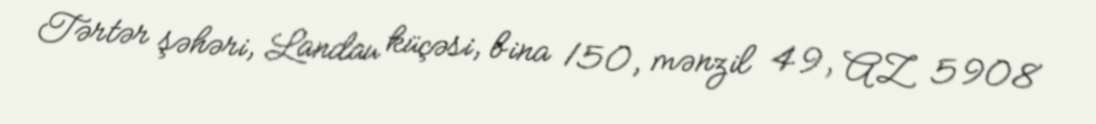
Tərtər şəhəri, Landau küçəsi, bina 150, mənzil 49, AZ 5908